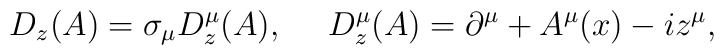
D_z(A)=\sigma_\mu D^\mu_z(A),~~~~D_z^\mu(A)=\partial^\mu+A^\mu(x)-iz^\mu,